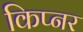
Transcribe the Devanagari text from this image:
किप्नर